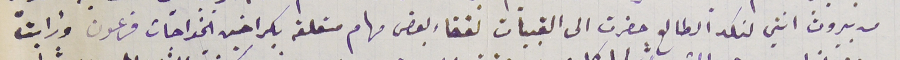
من بيروت انني لنكد الطالع حضرت الى القبيات لقضاء بعض مهام متعلقه بكراخين الخواجات فرعون وارايت